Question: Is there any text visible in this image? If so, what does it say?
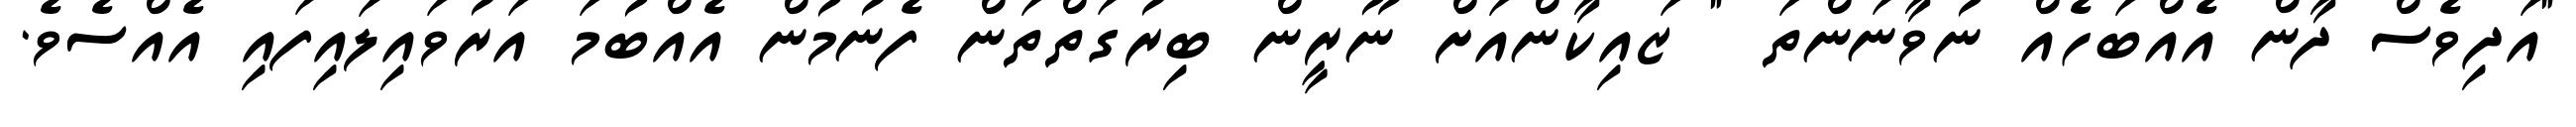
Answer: "އަދިވެސް ދާން އެއްބަހެއް ނުވާނަންތަ " ޒައިކާންއަށް ނޫރީން ބިރުގަތްތަން ފެނުމުން އެއްބުމަ އަރުވައިލައިފައި އެއްސެވެ.